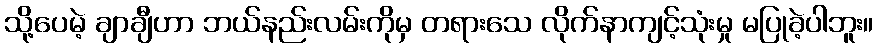
သို့ပေမဲ့ ချာချီဟာ ဘယ်နည်းလမ်းကိုမှ တရားသေ လိုက်နာကျင့်သုံးမှု မပြုခဲ့ပါဘူး။